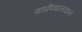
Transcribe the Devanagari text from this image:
महाविद्यालयाला